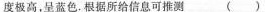
度极高，呈蓝色。根据所给信息可推测（）